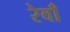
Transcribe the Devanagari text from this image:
रेवाँ